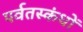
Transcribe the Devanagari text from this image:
पर्वतस्कंधों